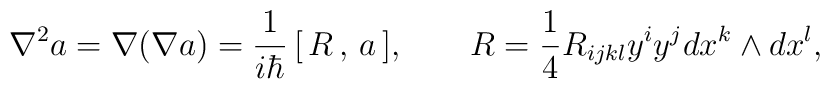
\nabla ^2a=\nabla (\nabla a)=\frac 1{i\hbar }\,[\,R\,,\,a\,],\qquad R=\frac14R_{ijkl}y^iy^jdx^k\wedge dx^l,